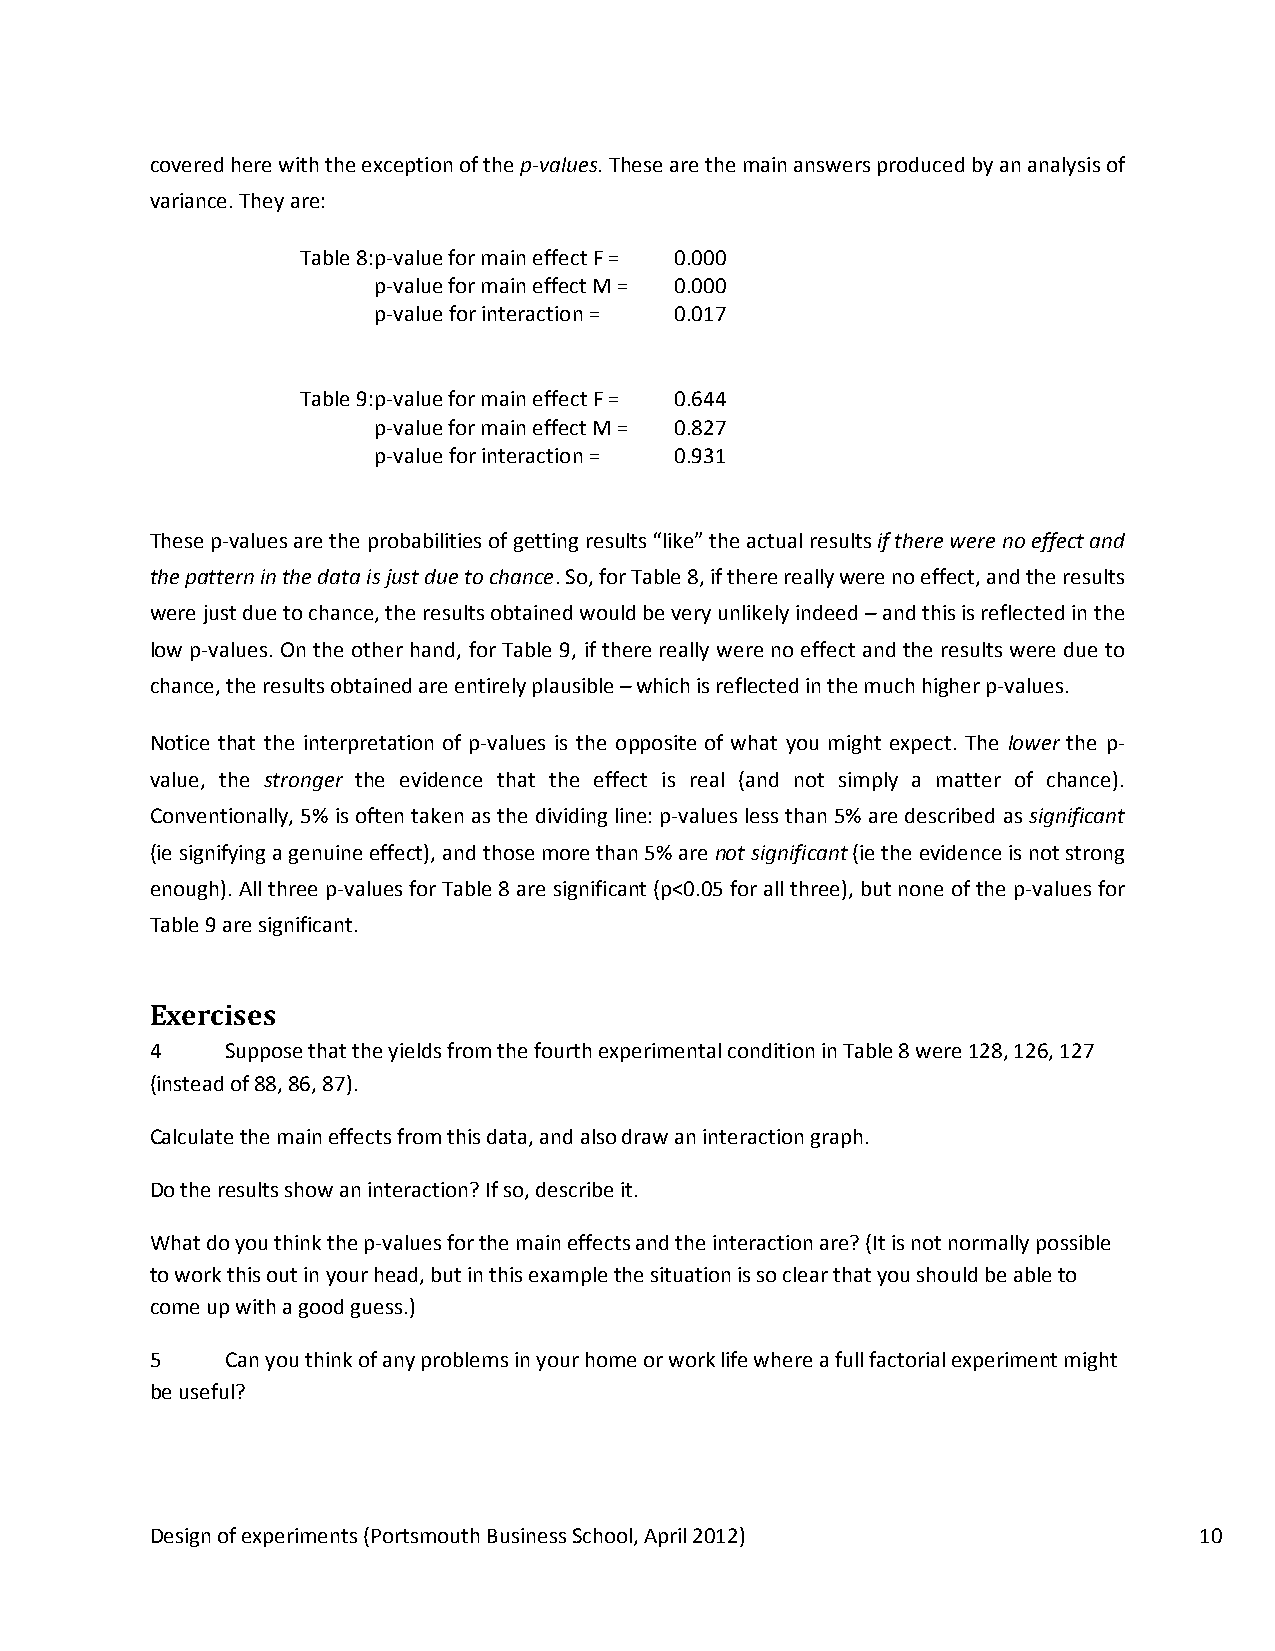
covered here with the exception of the p-values. These are the main answers produced by an analysis of
 variance. They are:
 Table 8: p-value for main effect F = 0.000
 p-value for main effect M = 0.000
 p-value for interaction = 0.017
 Table 9: p-value for main effect F = 0.644
 p-value for main effect M = 0.827
 p-value for interaction = 0.931
 These p-values are the probabilities of getting results “like” the actual results if there were no effect and
 the pattern in the data is just due to chance. So, for Table 8, if there really were no effect, and the results
 were just due to chance, the results obtained would be very unlikely indeed – and this is reflected in the
 low p-values. On the other hand, for Table 9, if there really were no effect and the results were due to
 chance, the results obtained are entirely plausible – which is reflected in the much higher p-values.
 Notice that the interpretation of p-values is the opposite of what you might expect. The lower the p-
 value, the stronger the evidence that the effect is real (and not simply a matter of chance).
 Conventionally, 5% is often taken as the dividing line: p-values less than 5% are described as significant
 (ie signifying a genuine effect), and those more than 5% are not significant (ie the evidence is not strong
 enough). All three p-values for Table 8 are significant (p<0.05 for all three), but none of the p-values for
 Table 9 are significant.
 Exercises
 4    Suppose that the yields from the fourth experimental condition in Table 8 were 128, 126, 127
 (instead of 88, 86, 87).
 Calculate the main effects from this data, and also draw an interaction graph.
 Do the results show an interaction? If so, describe it.
 What do you think the p-values for the main effects and the interaction are? (It is not normally possible
 to work this out in your head, but in this example the situation is so clear that you should be able to
 come up with a good guess.)
 5    Can you think of any problems in your home or work life where a full factorial experiment might
 be useful?
 Design of experiments (Portsmouth Business School, April 2012)       10